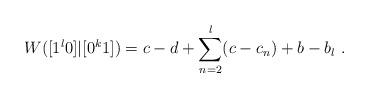
LaTeX: \begin{align*}W([1^l0]|[0^k1]) = c-d + \sum_{n=2}^l (c - c_n) + b-b_l \ .\end{align*}